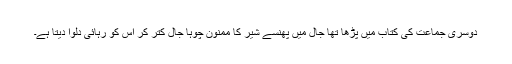
دوسری جماعت کی کتاب میں پڑھا تھا جال میں پھنسے شیر کا ممنون چوہا جال کتر کر اس کو رہائی دلوا دیتا ہے۔